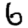
Digit: 6